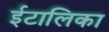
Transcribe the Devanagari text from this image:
ईटालिका